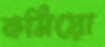
কমিয়ো